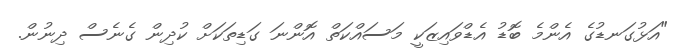
"އަޅުގަނޑުގެ އެންމެ ބޮޑު އެޑްވައިޒަކީ މަސައްކަތް އޮންނަ ގަޑިތަކަށް ކުދިން ގެނެސް ދިނުން.